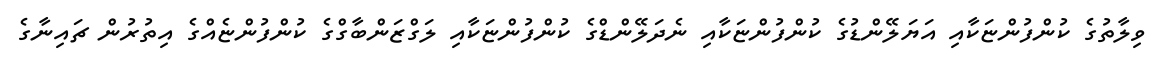
ވިލާތުގެ ކުންފުންޏަކާއި އަޔަލޭންޑުގެ ކުންފުންޏަކާއި ނެދަލޭންޑްގެ ކުންފުންޏަކާއި ލަގްޒަންބާގްގެ ކުންފުންޏެއްގެ އިތުރުން ޗައިނާގެ